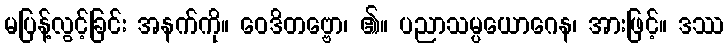
မပြန့်လွင့်ခြင်း အနက်ကို။ ဝေဒိတဗ္ဗော၊ ၏။ ပညာသမ္ပယောဂေန၊ အားဖြင့်။ ဒဿ